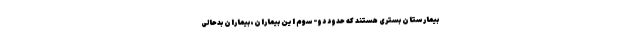
بیمارستان بستری هستند که حدود دو-سوم این بیماران، بیماران بدحالی